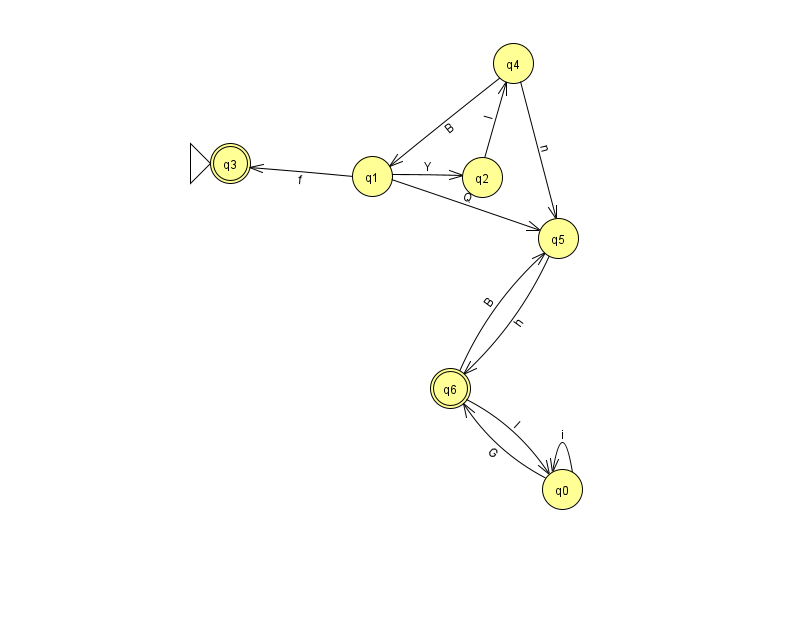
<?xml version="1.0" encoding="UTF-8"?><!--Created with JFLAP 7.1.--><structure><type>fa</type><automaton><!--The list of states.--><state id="0" name="q0"><x>562.0</x><y>476.0</y></state><state id="1" name="q1"><x>372.0</x><y>163.0</y></state><state id="2" name="q2"><x>482.0</x><y>164.0</y></state><state id="3" name="q3"><x>230.0</x><y>150.0</y><initial/><final/></state><state id="4" name="q4"><x>513.0</x><y>50.0</y></state><state id="5" name="q5"><x>558.0</x><y>225.0</y></state><state id="6" name="q6"><x>450.0</x><y>375.0</y><final/></state><!--The list of transitions.--><transition><from>1</from><to>2</to><read>Y</read></transition><transition><from>1</from><to>5</to><read>Q</read></transition><transition><from>1</from><to>3</to><read>f</read></transition><transition><from>0</from><to>6</to><read>G</read></transition><transition><from>4</from><to>5</to><read>n</read></transition><transition><from>6</from><to>5</to><read>B</read></transition><transition><from>4</from><to>1</to><read>B</read></transition><transition><from>0</from><to>0</to><read>i</read></transition><transition><from>2</from><to>4</to><read>I</read></transition><transition><from>5</from><to>6</to><read>h</read></transition><transition><from>6</from><to>0</to><read>l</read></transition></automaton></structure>